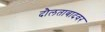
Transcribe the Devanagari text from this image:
दौलताबादवर